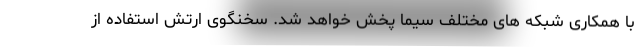
با همکاری شبکه های مختلف سیما پخش خواهد شد. سخنگوی ارتش استفاده از